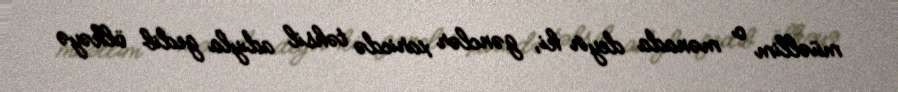
müəllim o mənada deyir ki, gənclər xaricdə təhsil adıyla gedib ölkəyə